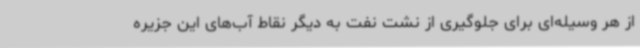
از هر وسیله‌ای برای جلوگیری از نشت نفت به دیگر نقاط آب‌های این جزیره